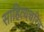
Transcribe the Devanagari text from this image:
साहित्यचरित्र